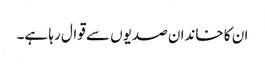
ان کا خاندان صدیوں سے قوال رہا ہے۔